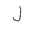
Letter: _lam